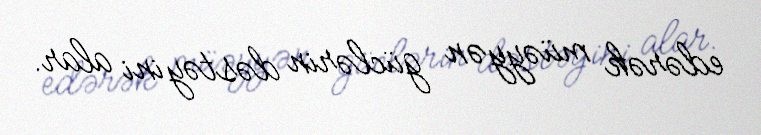
edərək müəyyən güclərin dəstəyini alar.